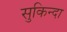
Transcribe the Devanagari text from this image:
सुकिन्दा